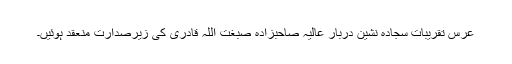
عرس تقریبات سجادہ نشین دربار عالیہ صاحبزادہ صبغت اللہ قادری کی زیرصدارت منعقد ہوئیں۔